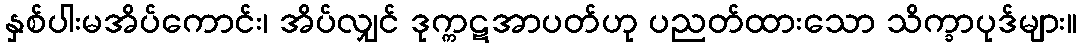
နှစ်ပါးမအိပ်ကောင်း၊ အိပ်လျှင် ဒုက္ကဋအာပတ်ဟု ပညတ်ထားသော သိက္ခာပုဒ်များ။